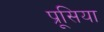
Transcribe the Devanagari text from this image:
प्रूसिया